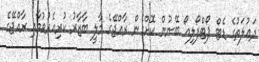
ދަޢުލަތުގެ ޑެޓް ޕޯޓްފޯލިއޯ ބޭނުން ކޮށްގެން ރާއްޖޭގެ މާލީ ބާޒާރު ކުރިއެރުވުމާއި ރާއްޖޭގެ